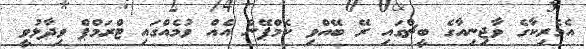
އެމެރިކާގެ ވާޖިނިއާގެ ބީޗްގައި ރޭ ބޭއްވި ކެމްޕޭން އެއް ވުމެއްގައި ޓްރަމްޕް ވިދާޅުވީ